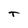
Character: t